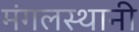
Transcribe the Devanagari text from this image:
मंगलस्थानी